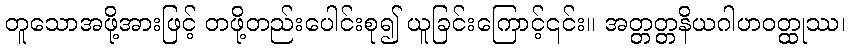
တူသောအဖို့အားဖြင့် တဖို့တည်းပေါင်းစု၍ ယူခြင်းကြောင့်၎င်း။ အတ္တတ္တနိယဂါဟဝတ္ထုဿ၊